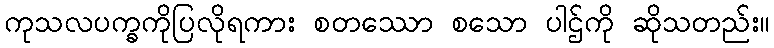
ကုသလပက္ခကိုပြလိုရကား စတဿော စသော ပါဌ်ကို ဆိုသတည်း။